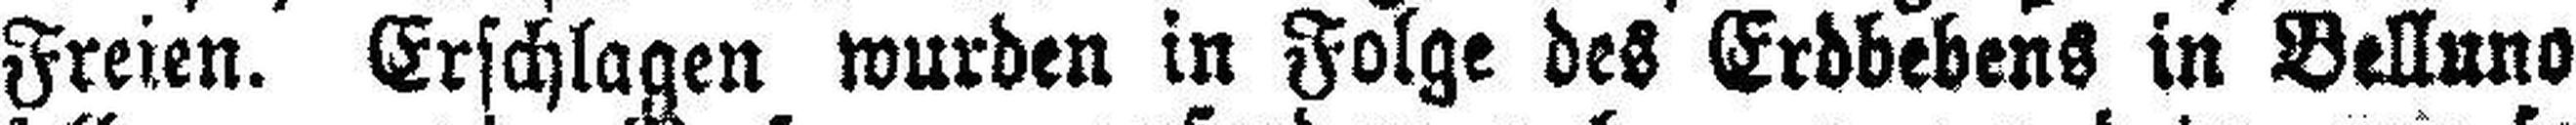
Freien. Erschlagen wurden in Folge des Erdbebens in Belluno